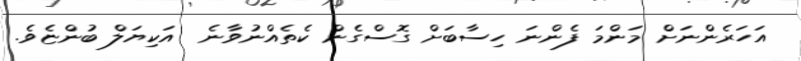
އަހަރެންނަށް މަންމަ ފެންނަ ހިސާބަށް ގޮސްގެން ކެތެއްނުވާނެ  އަކިޔަލް ބުންޏެވެ.